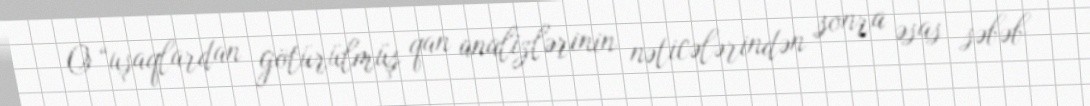
O “uşaqlardan götürülmüş qan analizlərinin nəticələrindən sonra əsas səbəb